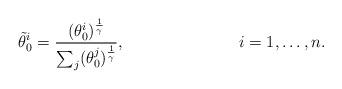
LaTeX: \begin{align*}\tilde{\theta}_0^i=\frac{(\theta_0^i)^{\frac{1}{\gamma}}}{\sum_j(\theta_0^j)^{\frac{1}{\gamma}}}, & & i = 1,\ldots,n.\end{align*}